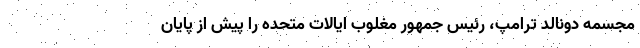
مجسمه دونالد ترامپ، رئیس جمهور مغلوب ایالات متحده را پیش از پایان